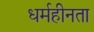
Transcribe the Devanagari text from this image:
धर्महीनता